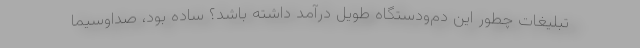
تبلیغات چطور این دم‌ودستگاه طویل درآمد داشته باشد؟ ساده بود، صداوسیما